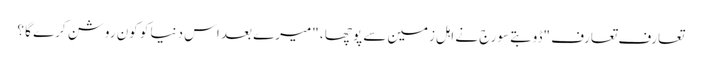
تعارف تعارف "ڈوبتے سورج نے اہل زمین سے پوچھا ، "میرے بعد اس دنیا کو کون روشن کرے گا ؟